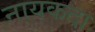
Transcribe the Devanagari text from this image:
नायकदा